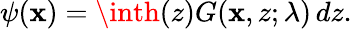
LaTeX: \psi(\mathbf{x})=\inth(z)G(\mathbf{x},z;\lambda)\, dz.